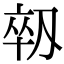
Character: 𫦈